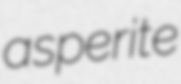
asperite